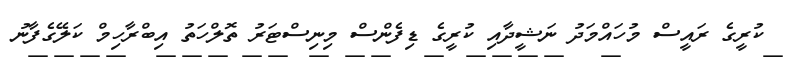
ކުރީގެ ރައީސް މުހައްމަދު ނަޝީދާއި ކުރީގެ ޑިފެންސް މިނިސްޓަރު ތޮލްހަތު އިބްރާހިމް ކަލޭގެފާނު